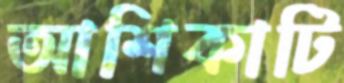
আশিকাটি